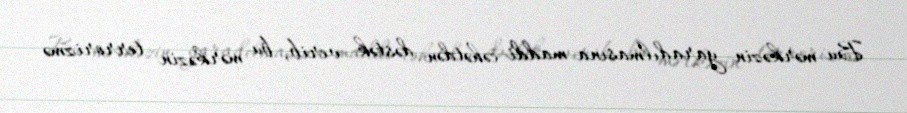
Bu mərkəzin yaradılmasına maddi cəhətdən dəstək verib, bu mərkəzin terrorizmə